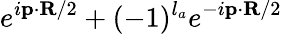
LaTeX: e^{i\textbf{p}\cdot\textbf{R}/2}+(-1)^{l_{a}}e^{-i\textbf{p}\cdot\textbf{R}/2}